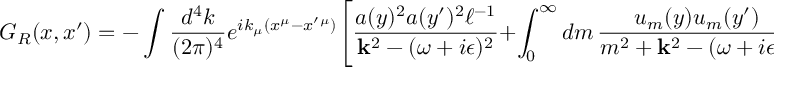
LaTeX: G _ { R } ( x , x ^ { \prime } ) = - \int { \frac { d ^ { 4 } k } { ( 2 \pi ) ^ { 4 } } } e ^ { i k _ { \mu } ( x ^ { \mu } - x ^ { \prime } { } ^ { \mu } ) } \Biggl [ { \frac { a ( y ) ^ { 2 } a ( y ^ { \prime } ) ^ { 2 } \ell ^ { - 1 } } { { \bf k } ^ { 2 } - ( \omega + i \epsilon ) ^ { 2 } } } + \int _ { 0 } ^ { \infty } d m \, { \frac { u _ { m } ( y ) u _ { m } ( y ^ { \prime } ) } { m ^ { 2 } + { \bf k } ^ { 2 } - ( \omega + i \epsilon ) ^ { 2 } } } \Biggr ] ,